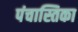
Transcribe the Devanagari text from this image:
पंचास्तिका